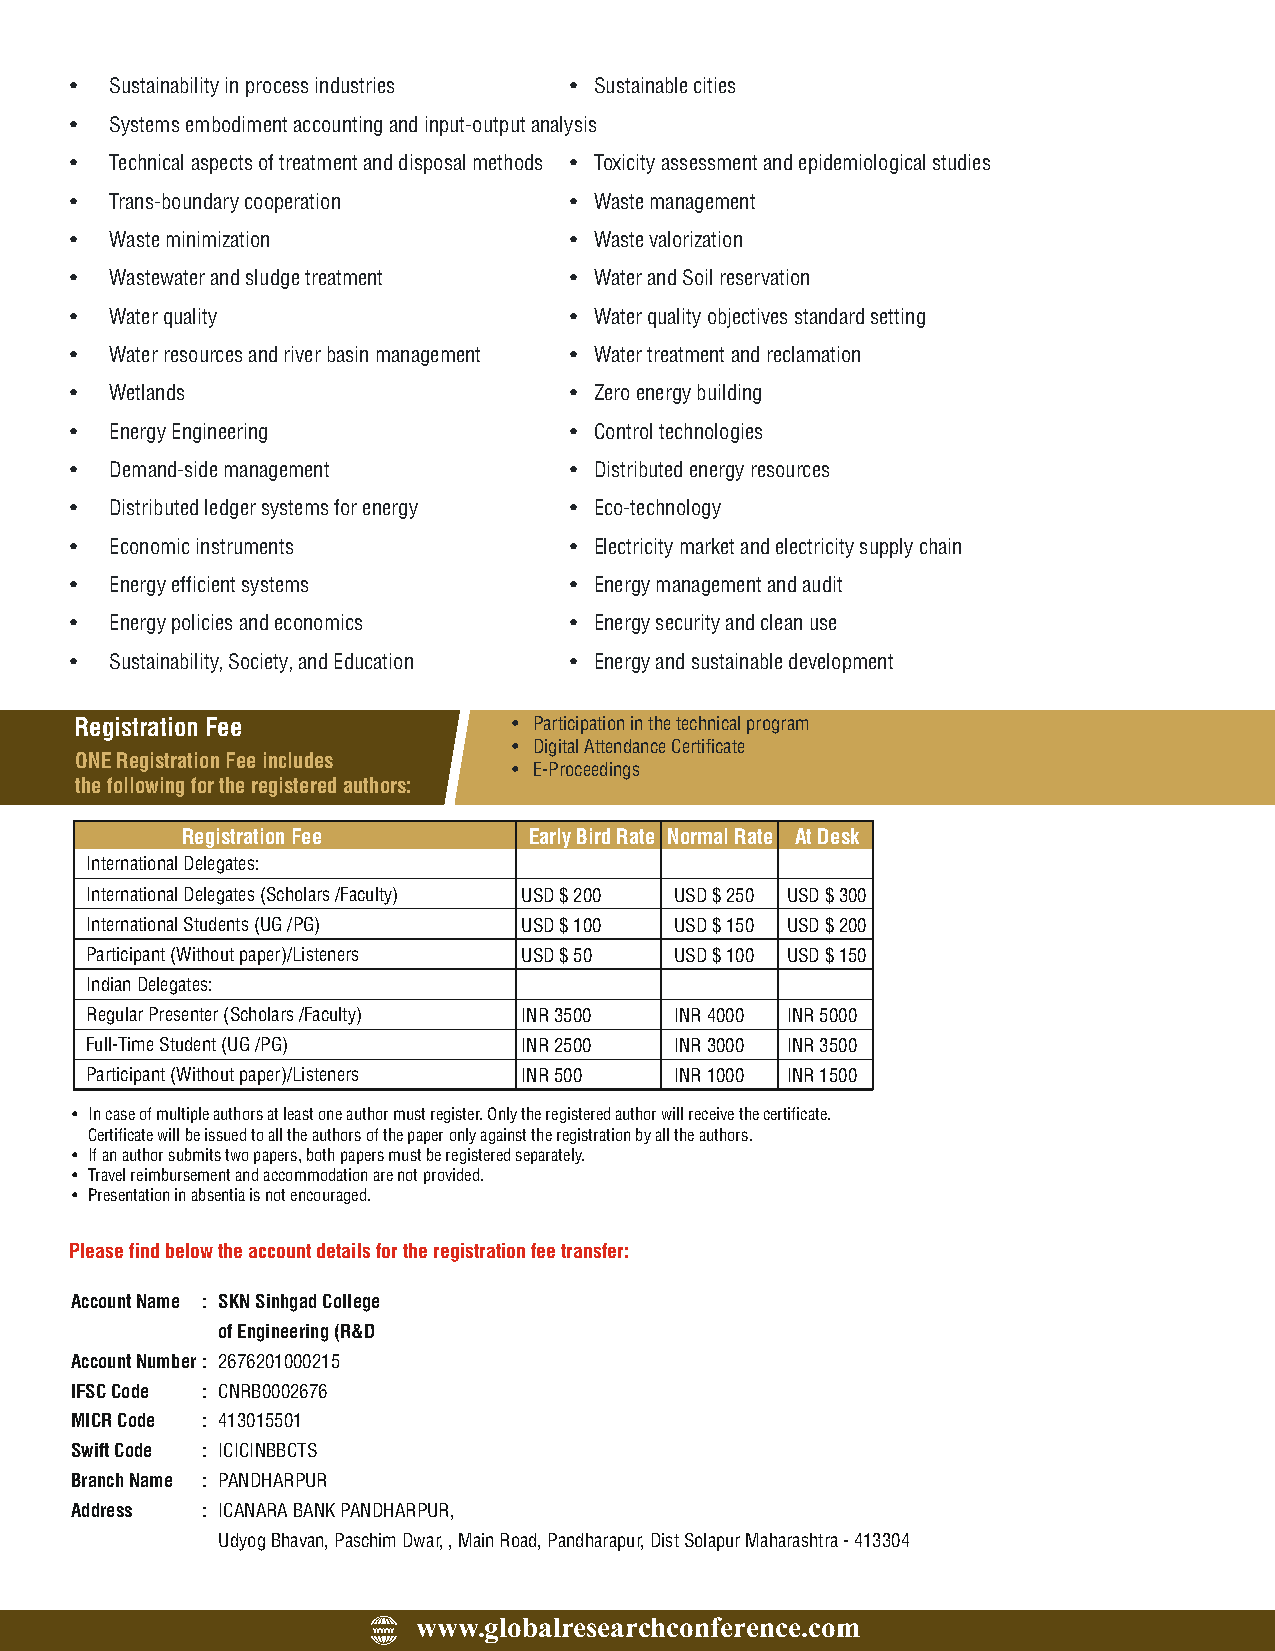
· Sustainability in process industries · Sustainable cities
 · Systems embodiment accounting and input-output analysis
 · Technical aspects of treatment and disposal methods · Toxicity assessment and epidemiological studies
 · Trans-boundary cooperation     · Waste management
 · Waste minimization             · Waste valorization
 · Wastewater and sludge treatment · Water and Soil reservation
 · Water quality                  · Water quality objectives standard setting
 · Water resources and river basin management · Water treatment and reclamation
 · Wetlands                       · Zero energy building
 · Energy Engineering             · Control technologies
 · Demand-side management         · Distributed energy resources
 · Distributed ledger systems for energy · Eco-technology
 · Economic instruments           · Electricity market and electricity supply chain
 · Energy efficient systems       · Energy management and audit
 · Energy policies and economics  · Energy security and clean use
 · Sustainability, Society, and Education · Energy and sustainable development
 Registration Fee             · Participation in the technical program
 · Digital Attendance Certificate
 ONE Registration Fee includes
 · E-Proceedings
 the following for the registered authors:
 Registration Fee       Early Bird Rate Normal Rate At Desk
 International Delegates:
 International Delegates (Scholars /Faculty) USD $ 200 USD $ 250 USD $ 300
 International Students (UG /PG) USD $ 100 USD $ 150 USD $ 200
 Participant (Without paper)/Listeners USD $ 50 USD $ 100 USD $ 150
 Indian Delegates:
 Regular Presenter (Scholars /Faculty) INR 3500 INR 4000 INR 5000
 Full-Time Student (UG /PG)   INR 2500  INR 3000 INR 3500
 Participant (Without paper)/Listeners INR 500 INR 1000 INR 1500
 · In case of multiple authors at least one author must register. Only the registered author will receive the certificate.
 Certificate will be issued to all the authors of the paper only against the registration by all the authors.
 · If an author submits two papers, both papers must be registered separately.
 · Travel reimbursement and accommodation are not provided.
 · Presentation in absentia is not encouraged.
 Please find below the account details for the registration fee transfer:
 Account Name : SKN Sinhgad College
 of Engineering (R&D
 Account Number : 2676201000215
 IFSC Code : CNRB0002676
 MICR Code : 413015501
 Swift Code : ICICINBBCTS
 Branch Name : PANDHARPUR
 Address : ICANARA BANK PANDHARPUR,
 Udyog Bhavan, Paschim Dwar, , Main Road, Pandharapur, Dist Solapur Maharashtra - 413304
 www.globalresearchconference.com
 WWW